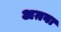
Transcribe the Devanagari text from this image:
अग़वा